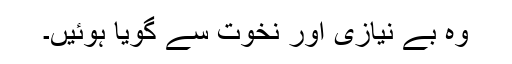
وہ بے نیازی اور نخوت سے گویا ہوئیں۔